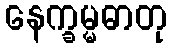
နေက္ခမ္မဓာတု